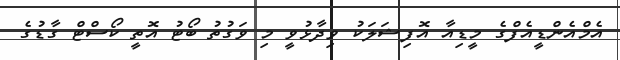
އެމްއެންޑީއެފްގެ މީޑިއާ އޮފިޝަލަކު ވިދާޅުވީ މި ވަގުތު ބޯޓު އޮތީ ކޯސްޓް ގާޑުގެ